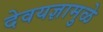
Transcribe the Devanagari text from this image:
देवयज्ञामुळे